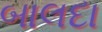
બાલદા